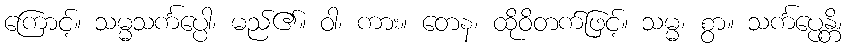
ကြောင့်။ သမ္မသင်္ကပ္ပေါ၊ မည်၏။ ဝါ၊ ကား။ တေန၊ ထိုဝိတက်ဖြင့်။ သမ္မ၊ စွာ။ သင်္ကပ္ပေန္တိ၊